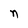
Character: n